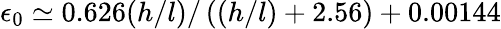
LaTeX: \epsilon_{0}\simeq 0.626(h/l)/\left((h/l)+2.56\right)+0.00144